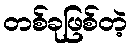
တစ်ခုဖြစ်တဲ့